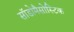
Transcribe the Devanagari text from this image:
सॉडोमैसोस्टिक